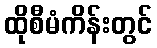
ထိုစီမံကိန်းတွင်